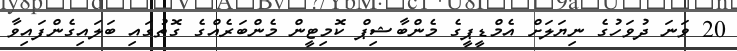
20 ވަނަ ދުވަހުގެ ނިޔަލަށް އެމްޑީޕީގެ މެންބާޝިޕް ކޮމިޓީން މެންބަރެއްގެ ގޮތުގައި ބަލައިގެންފައިވާ